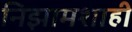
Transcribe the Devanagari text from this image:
निझामशाही